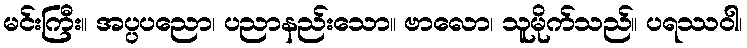
မင်းကြီး။ အပ္ပပညော၊ ပညာနည်းသော။ ဗာလော၊ သူမိုက်သည်။ ပရဿဝါ၊